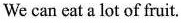
We can eat a lot of fruit.